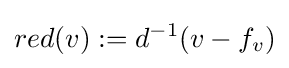
red(v):=d^{-1}(v-f_{v})